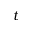
t